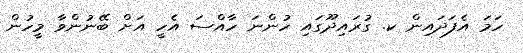
ހަމަ އެފަދައިން ކ. ގުރައިދޫގައި ހުންނަ ހާއްސަ އެހީ އަށް ބޭނުންވާ މީހުން